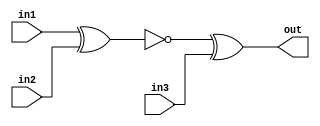
/*
Problem Statement: Implement the following circuit:

Solution:
*/

module top_module (
    input in1,
    input in2,
    input in3,
    output out);
	
    wire w1;
    assign w1= ~ (in1 ^ in2);
    assign out= w1 ^ in3;
endmodule